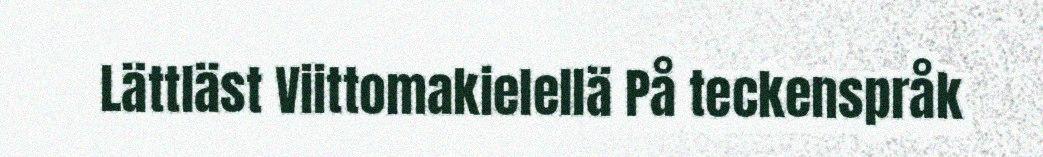
Lättläst Viittomakielellä På teckenspråk